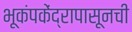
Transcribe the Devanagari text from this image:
भूकंपकेंद्रापासूनची